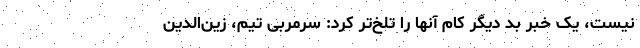
نیست، یک خبر بد دیگر کام آنها را تلخ‌تر کرد: سرمربی تیم، زین‌الدین